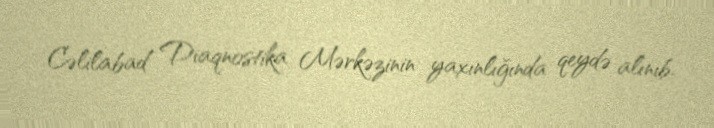
Cəlilabad Diaqnostika Mərkəzinin yaxınlığında qeydə alınıb.